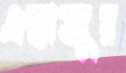
এন্তাজুর